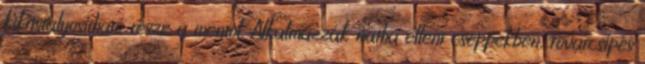
kikristályosítható része a mentol. Alkalmazzák nátha elleni cseppekben, rovarcsípés